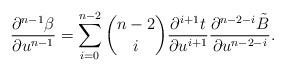
LaTeX: \begin{align*} \frac{\partial^{n-1}\beta}{\partial u^{n-1}}=\sum_{i=0}^{n-2}\binom{n-2}{i}\frac{\partial^{i+1}t}{\partial u^{i+1}}\frac{\partial^{n-2-i}\tilde{B}}{\partial u^{n-2-i}}.\end{align*}